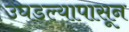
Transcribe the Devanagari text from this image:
उघडल्यापासून